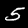
Digit: 5